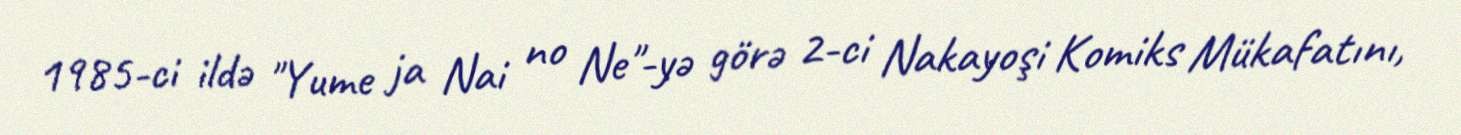
1985-ci ildə "Yume ja Nai no Ne"-yə görə 2-ci Nakayoşi Komiks Mükafatını,